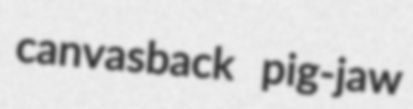
canvasback pig-jaw